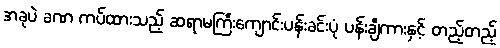
အခုပဲ ခဏ ကပ်ထားသည့် ဆရာမကြီးကျောင်းပန်းခင်းပုံ ပန်းချီကားနှင့် တည့်တည့်